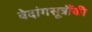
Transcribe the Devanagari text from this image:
वेदांगसूत्रौंकी